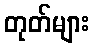
တုတ်များ